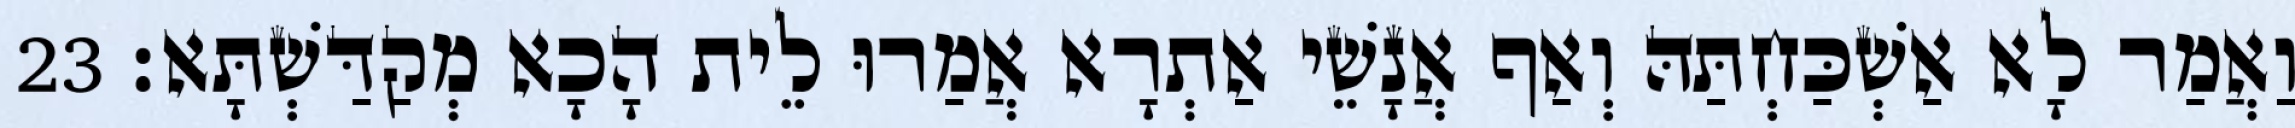
וַאֲמַר לָא אַשְׁכַּחְתַּהּ וְאַף אֲנָשֵׁי אַתְרָא אֲמַרוּ לֵית הָכָא מְקַדַּשְׁתָּא׃ 23